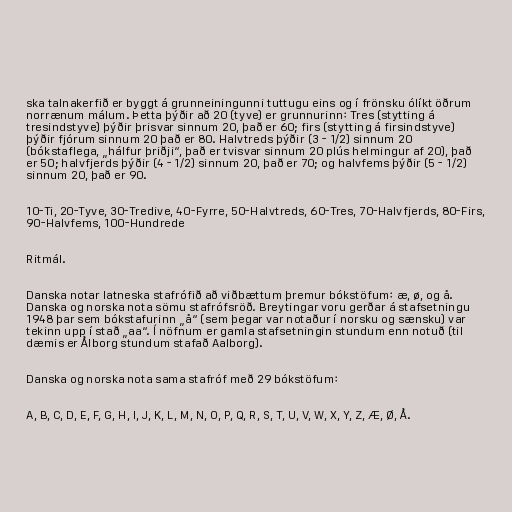
ska talnakerfið er byggt á grunneiningunni tuttugu eins og í frönsku ólíkt öðrum
norrænum málum. Þetta þýðir að 20 (tyve) er grunnurinn: Tres (stytting á
tresindstyve) þýðir þrisvar sinnum 20, það er 60; firs (stytting á firsindstyve)
þýðir fjórum sinnum 20 það er 80. Halvtreds þýðir (3 - 1/2) sinnum 20
(bókstaflega, „hálfur þriðji“, það er tvisvar sinnum 20 plús helmingur af 20), það
er 50; halvfjerds þýðir (4 - 1/2) sinnum 20, það er 70; og halvfems þýðir (5 - 1/2)
sinnum 20, það er 90.

10-Ti, 20-Tyve, 30-Tredive, 40-Fyrre, 50-Halvtreds, 60-Tres, 70-Halvfjerds, 80-Firs,
90-Halvfems, 100-Hundrede

Ritmál.

Danska notar latneska stafrófið að viðbættum þremur bókstöfum: æ, ø, og å.
Danska og norska nota sömu stafrófsröð. Breytingar voru gerðar á stafsetningu
1948 þar sem bókstafurinn „å“ (sem þegar var notaður í norsku og sænsku) var
tekinn upp í stað „aa“. Í nöfnum er gamla stafsetningin stundum enn notuð (til
dæmis er Ålborg stundum stafað Aalborg).

Danska og norska nota sama stafróf með 29 bókstöfum:

A, B, C, D, E, F, G, H, I, J, K, L, M, N, O, P, Q, R, S, T, U, V, W, X, Y, Z, Æ, Ø, Å.